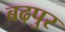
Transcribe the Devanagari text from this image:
बढ़पुर